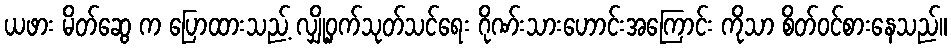
ယဖား မိတ်ဆွေ က ပြောထားသည့် လျှို့ဝှက်သုတ်သင်ရေး ဂိုဏ်းသားဟောင်းအကြောင်း ကိုသာ စိတ်ဝင်စားနေသည်။